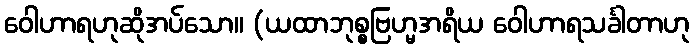
ဝေါဟာရဟုဆိုအပ်သော။ (ယထာဘုစ္စဗြဟ္မအရိယ ဝေါဟာရသင်္ခါတာဟု